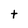
Character: t